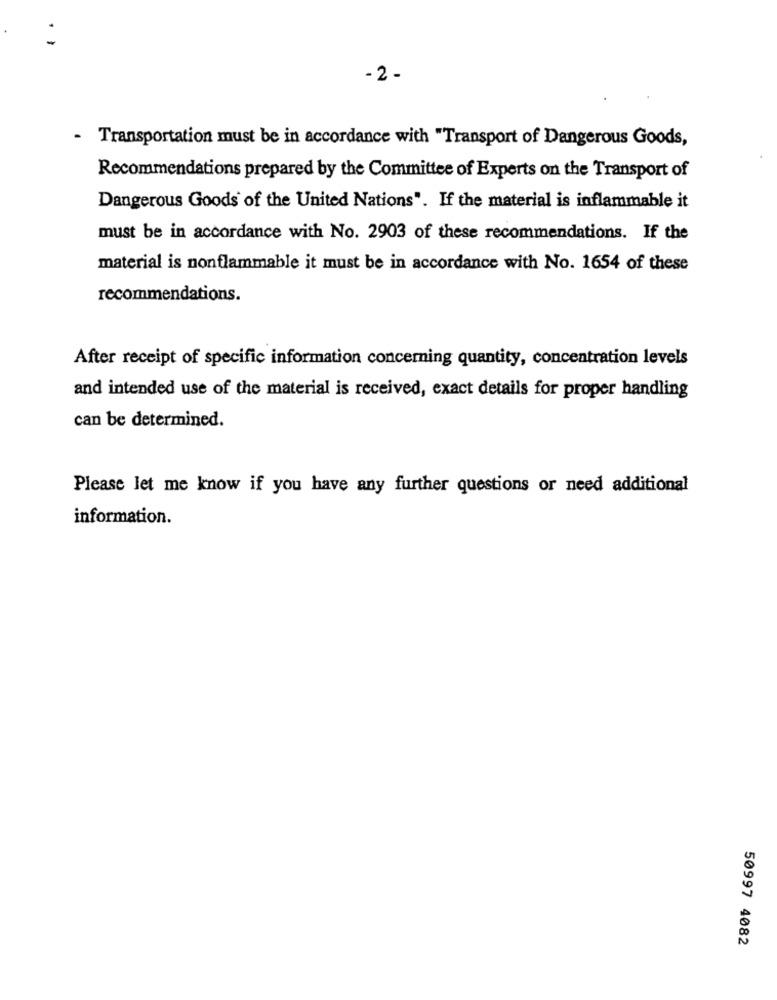
- 2 -
Transportation must be in accordance with "Transport of Dangerous Goods,
Recommendations prepared by the Committee of Experts on the Transport of
Dangerous Goods of the United Nations". If the material is inflammable it
must be in accordance with No. 2903 of these recommendations. If the
material is nonflammable it must be in accordance with No. 1654 of these
recommendations.
After receipt of specific information concerning quantity, concentration levels
and intended use of the material is received, exact details for proper handling
can be determined.
Please let me know if you have any further questions or need additional
information.
50997 4082